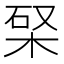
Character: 𣒊